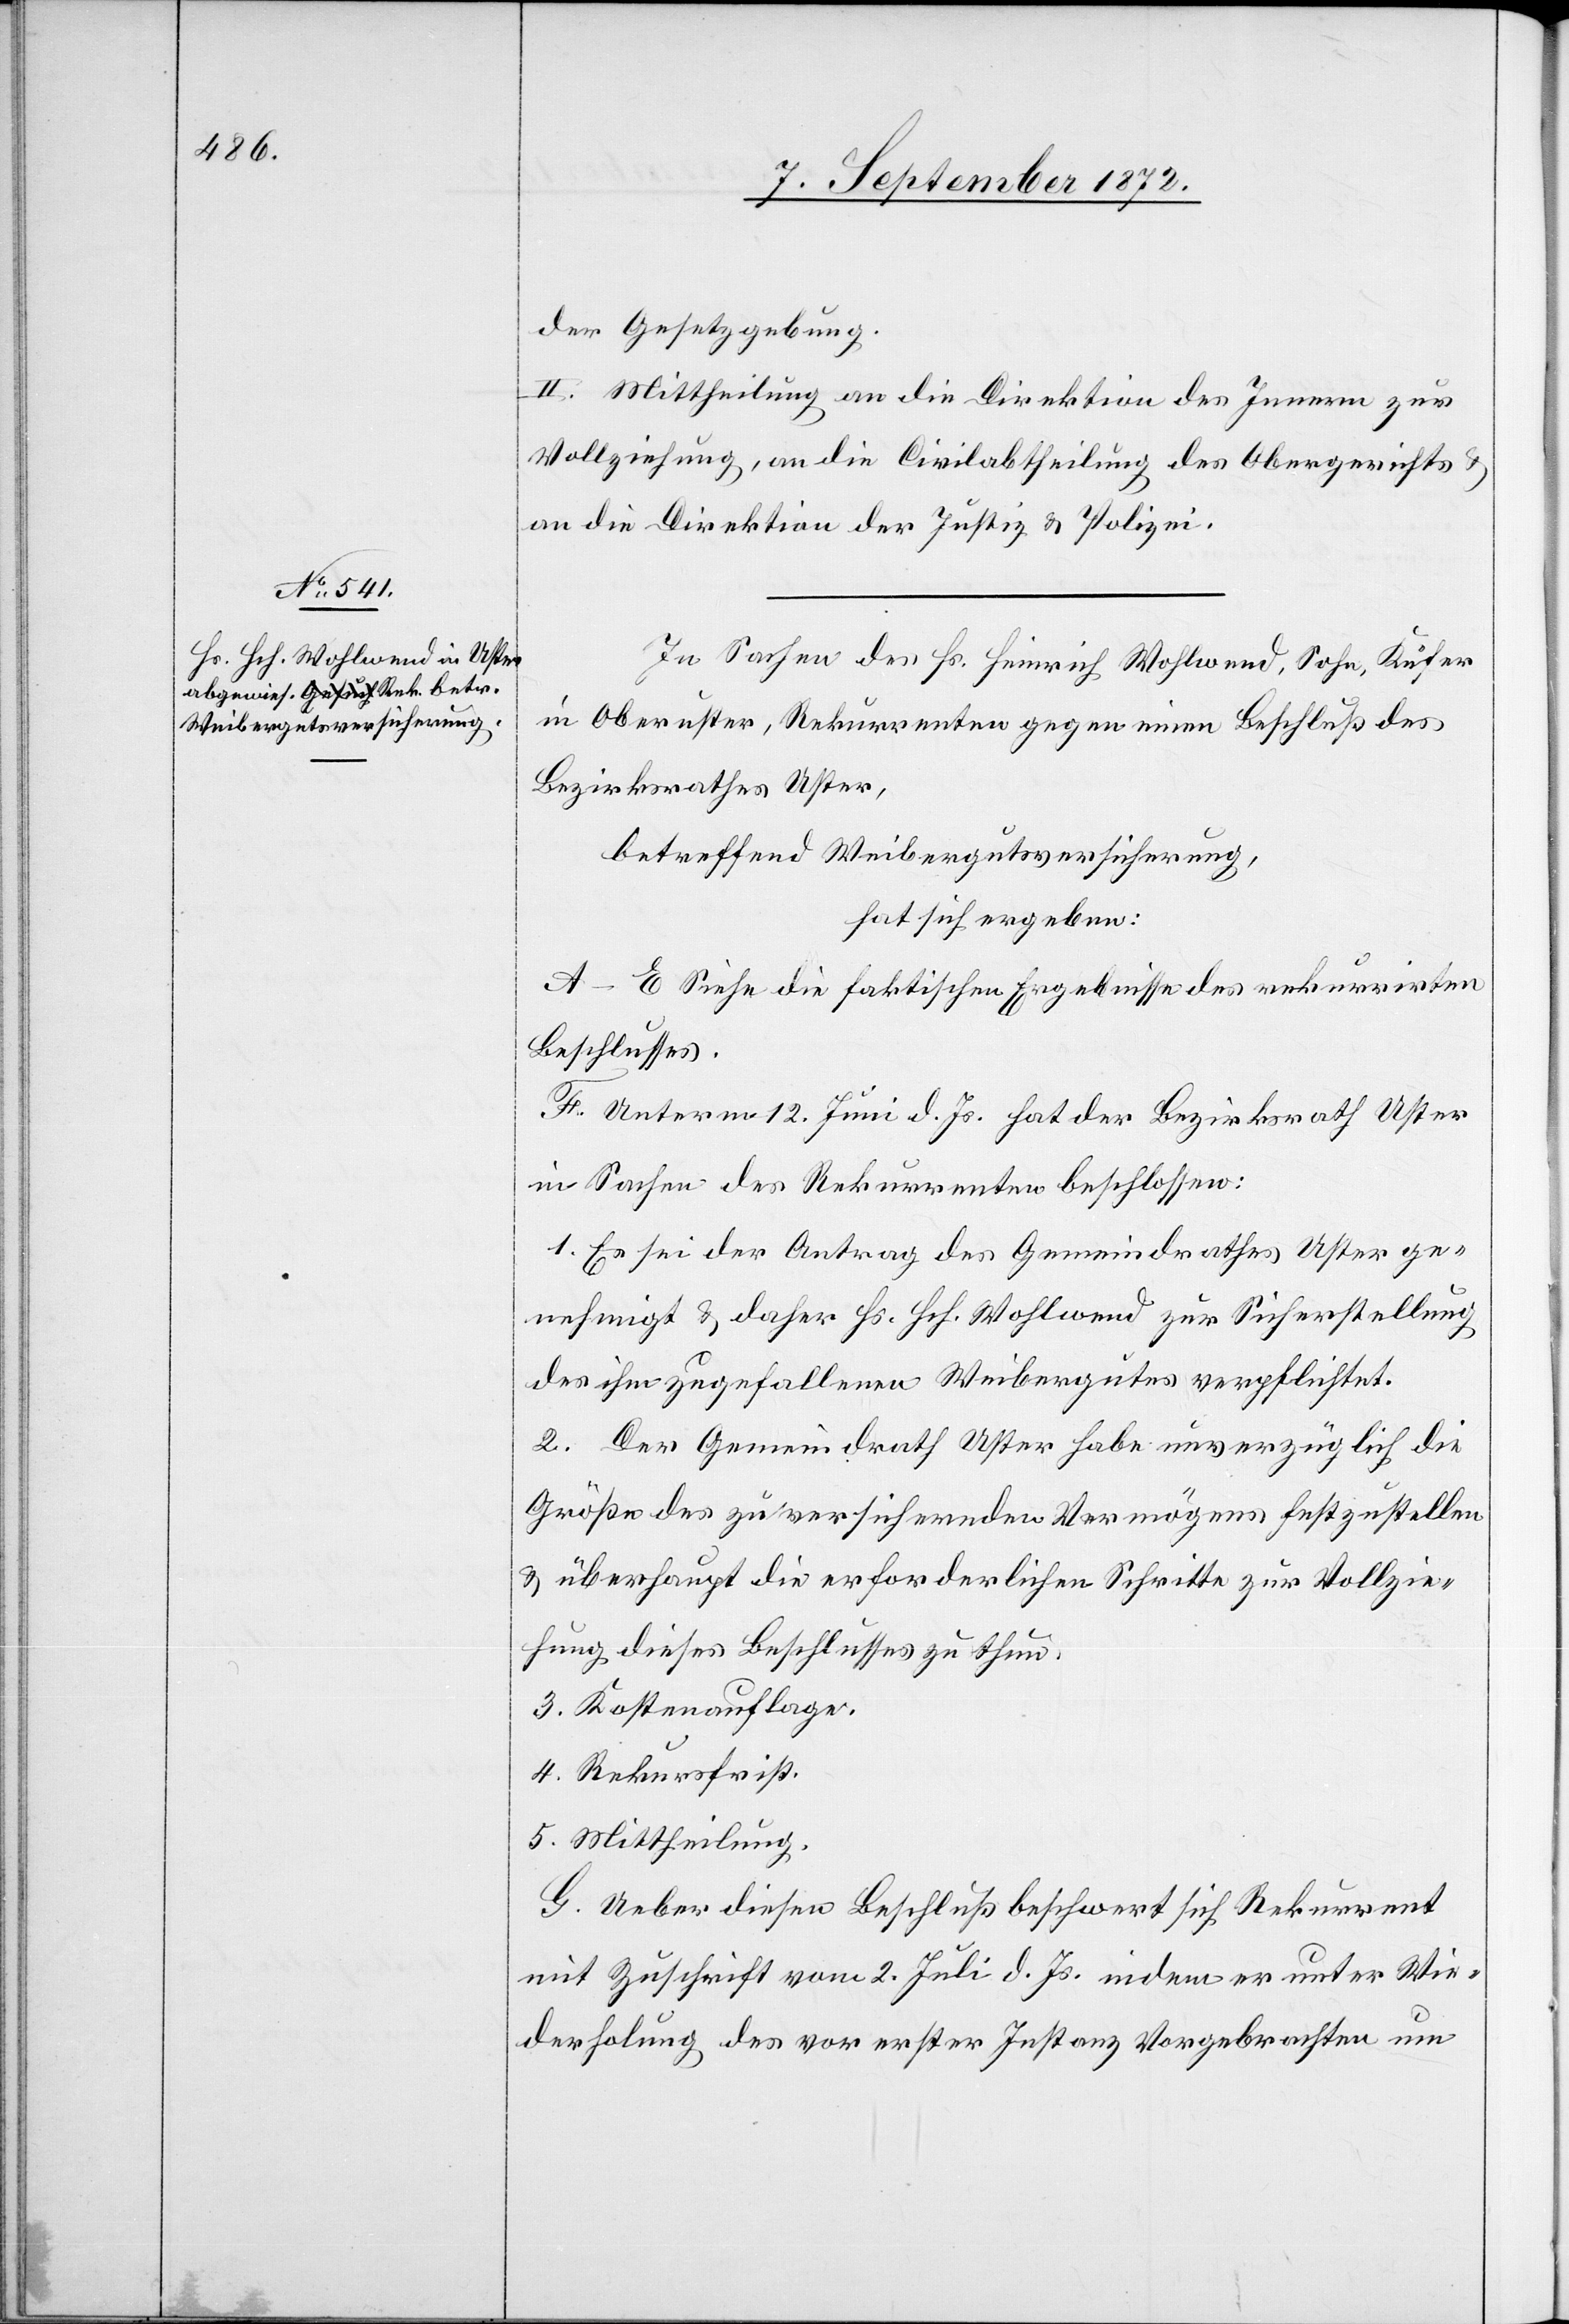
der Gesetzgebung.
II. Mittheilung an die Direktion des Innern zur
Vollziehung, an die Civilabtheilung des Obergerichts
an die Direktion der Justiz u. Polizei.
In Sachen des Hs. Heinrich Wohlwend, Sohn, Kufer
in Oberuster, Rekurrenten gegen einen Beschluß des
Bezirksrathes Uster,
betreffend Weibergutsversicherung,
hat sich ergeben:
A–E Siehe die faktischen Ergebnisse des rekurrirten
Beschlusses.
F. Unterm 12. Juni d. Js. hat der Bezirksrath Uster
in Sachen des Rekurrenten beschlossen:
1. Es sei der Antrag des Gemeindrathes Uster ge¬
nehmigt u. daher Hs. Hch. Wohlwend zur Sicherstellung
des ihm zugefallenen Weibergutes verpflichtet.
2. Der Gemeindrath Uster habe unverzüglich die
Größe des zu versichernden Vermögens festzustellen
u. überhaupt die erforderlichen Schritte zur Vollzie¬
hung dieses Beschlusses zu thun.
3. Kostenauflage.
4. Rekursfrist.
5. Mittheilung.
G. Ueber diesen Beschluß beschwert sich Rekurrent
mit Zuschrift vom 2. Juli d. Js. indem er unter Wie¬
derholung des vor erster Instanz Vorgebrachten um